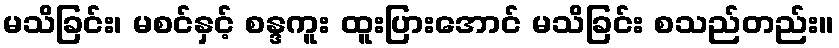
မသိခြင်း၊ မစင်နှင့် စန္ဒကူး ထူးပြားအောင် မသိခြင်း စသည်တည်း။